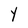
Character: Y